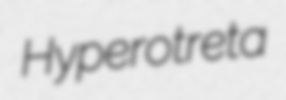
Hyperotreta